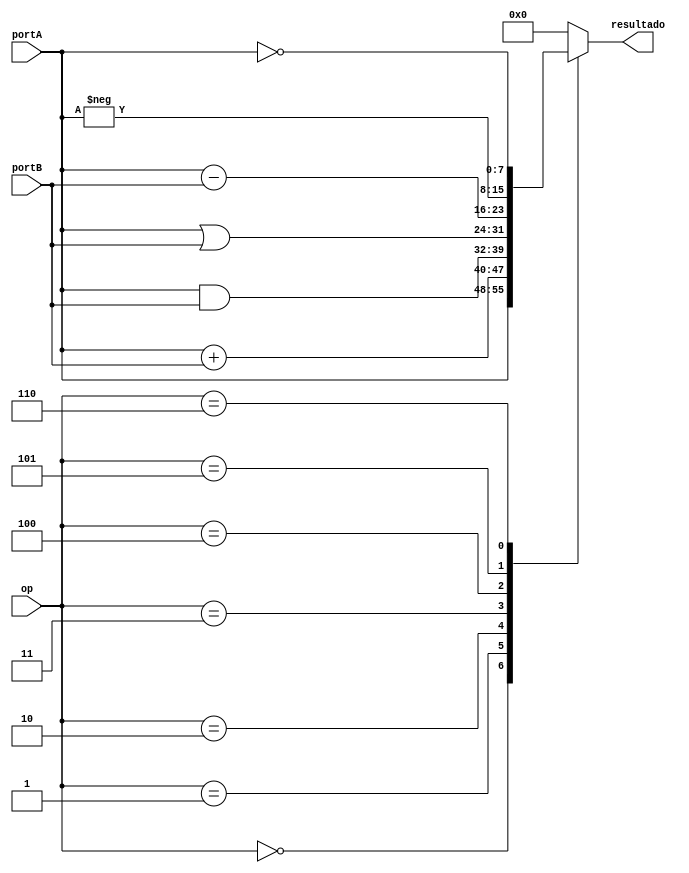
module ula (portA, portB, op, resultado);
	input [7:0]portA; 
	input [7:0]portB; 
	input [2:0]op; 
	output reg [7:0]resultado; 
		always @(*) begin
			case (op)
				3'd0: resultado <= portA;
				3'd1: resultado <= portA + portB; 
				3'd2: resultado <= portA & portB;
				3'd3: resultado <= portA | portB;
				3'd4: resultado <= portA - portB;
				3'd5: resultado <= -portA;
				3'd6: resultado <= ~portA;
				default: resultado <= 8'd0;
			endcase
		end
endmodule